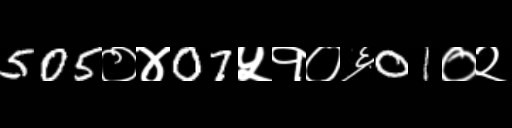
Text: 505०४07५१०६01०२